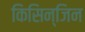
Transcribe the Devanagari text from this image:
किसिन्जिन